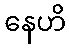
နေဟိ